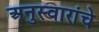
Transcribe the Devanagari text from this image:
अनुस्वारांचे